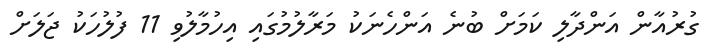
ގުރުއާން އަންދާލި ކަމަށް ބުނެ އަންހެނަކު މަރާލުމުގައި އިހުމާލުވި 11 ފުލުހަކު ޖަލަށް